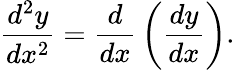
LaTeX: {\frac{d^{2}y}{dx^{2}}}={\frac{d}{dx}}\left({\frac{dy}{dx}}\right).